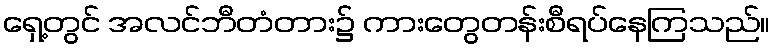
ရှေ့တွင် အလင်ဘီတံတား၌ ကားတွေတန်းစီရပ်နေကြသည်။